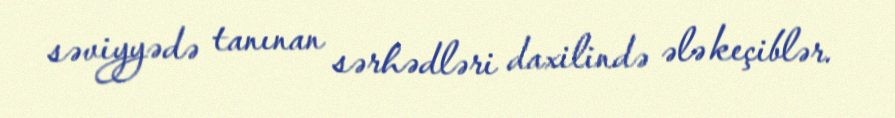
səviyyədə tanınan sərhədləri daxilində ələ keçiblər.